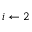
i \gets 2